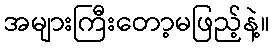
အများကြီးတော့မဖြည့်နဲ့။